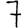
Digit: 7